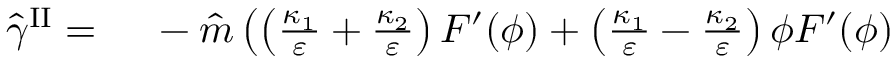
\begin{array} { r l } { \hat { \gamma } ^ { \mathrm { I I } } = } & { { } ~ - \hat { m } \left( \left( \frac { \kappa _ { 1 } } { \varepsilon } + \frac { \kappa _ { 2 } } { \varepsilon } \right) F ^ { \prime } ( \phi ) + \left( \frac { \kappa _ { 1 } } { \varepsilon } - \frac { \kappa _ { 2 } } { \varepsilon } \right) \phi F ^ { \prime } ( \phi ) \right. } \end{array}